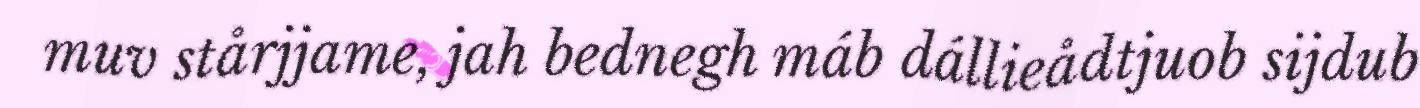
muv stårjjame, jah bednegh máb dállieådtjuob sijdub